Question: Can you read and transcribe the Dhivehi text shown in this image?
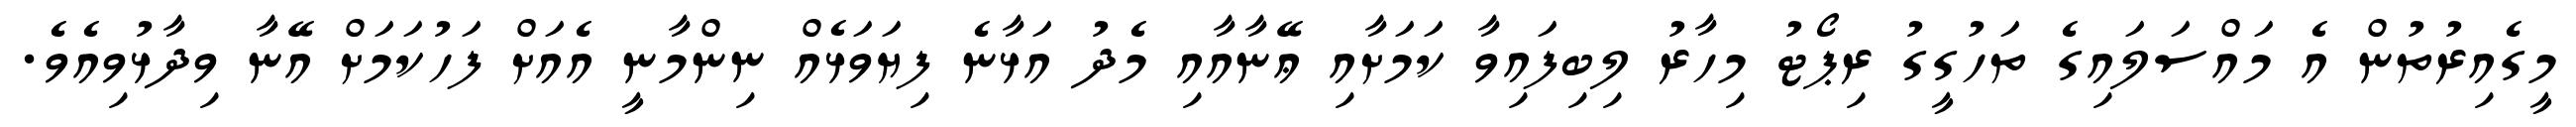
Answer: މީގެއިރުތުން އެ މައްސަލައިގެ ތަހުގީގު ރިޕޯޓު މިހާރު ލިބިފައިވާ ކަމަށާއި ޢޭނާއާއި މެދު އަޅާނެ ފިޔަވަޅެއް ނިންމާނީ އެއަށް ފަހުކަމަށް އޭނާ ވިދާޅުވިއެވެ.